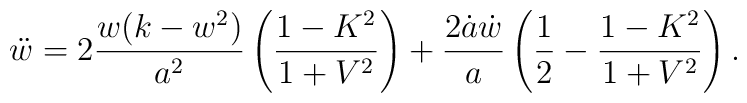
\ddot{w}= 2 \frac{w (k-w^2)}{a^2}     \left(\frac{1-K^2}{1+V^2}\right) + \frac{2 \dot{a} \dot{w}}{a}     \left(\frac12-\frac{1-K^2}{1+V^2}\right).